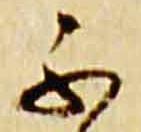
不